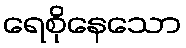
ရေစိုနေသော